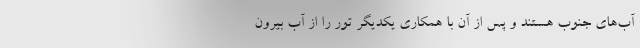
آب‌های جنوب هستند و پس از آن با همکاری یکدیگر تور را از آب بیرون